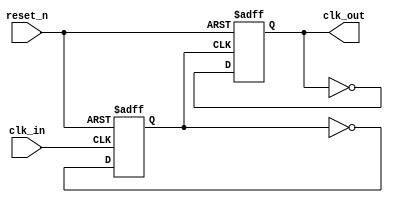
module div_by_4(
  input      clk_in,
  input      reset_n,
  output reg clk_out
);

//-----------------------------------------------
// Register Declaration
//-----------------------------------------------

reg clk_out_a;


//-----------------------------------------------
// 1st Flip Flop Delaying
//-----------------------------------------------

always @(posedge clk_in or negedge reset_n)
  begin
    if(!reset_n)
      begin
       clk_out_a <= 1'b0; 
      end 
    else
      begin
       clk_out_a <= ~ clk_out_a;
      end
  end

//-----------------------------------------------
// 2nd flip flip Delaying
//-----------------------------------------------

always @(posedge clk_out_a or negedge reset_n)
  begin
    if(!reset_n)
      begin
       clk_out <= 1'b0; 
      end 
    else
      begin
       clk_out <= ~clk_out; 
      end
  end


endmodule